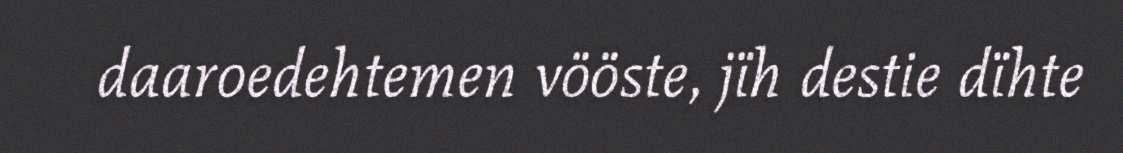
daaroedehtemen vööste, jïh destie dïhte